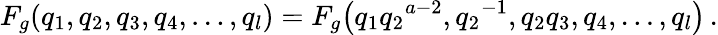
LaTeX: F_{g}(q_{1},q_{2},q_{3},q_{4},\ldots,q_{l})=F_{g}\bigl(q_{1}{q_{2}}^{a-2},{q_{2}}^{-1},q_{2}q_{3},q_{4},\ldots,q_{l}\bigr)\, .